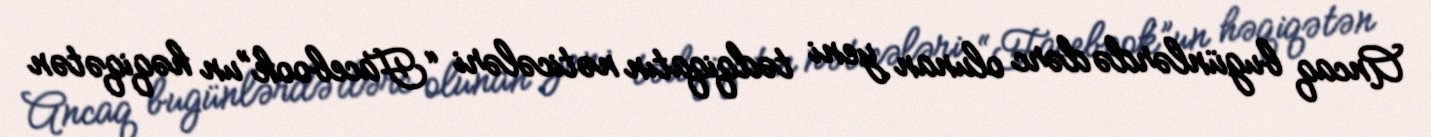
Ancaq bugünlərdə dərc olunan yeni tədqiqatın nəticələri “Facebook”un həqiqətən